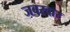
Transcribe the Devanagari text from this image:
जबरदार